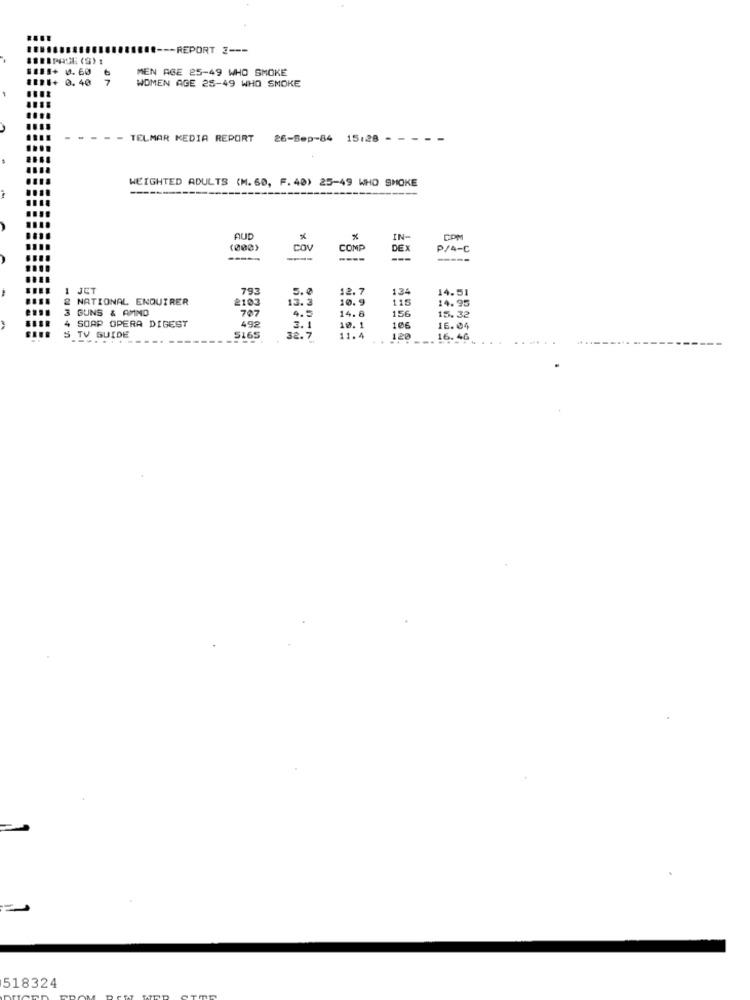
...--- REPORT ?---
$11:+ 0. 60
MEN AGE 25-49 WHO SMOKE
112.+ 0.40
WOMEN AGE 28-49 WHO SMOKE
- - TELMAR MEDIA REPORT
26-Sep-84
15:28 - - -
--
WEIGHTED ADULTS (M. 60, F. 40) 25-49 WHO SMOKE
AUD
IN-
COM
(000)
COV
COMP
DEX
P/4-C
----
1 JET
793
5.0
12. 7
1,34
14.51
NATIONAL ENQUIRER
2103
13.
10.9
115
14.95
3 GUNS & AMMO
707
4.5
14.8
156
492
15.32
S TV GUIDE
SOAP OPERA DIGEST
5165
3.1
10. 1
106
16.04
---
32.7
11. 4
120
16. 46
518324